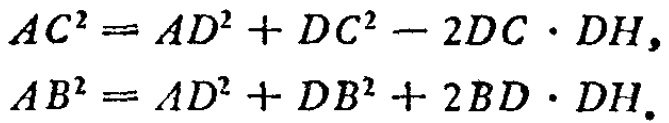
\[

\begin{align*}

AC^{2}&=AD^{2}+DC^{2}-2DC\cdot DH,\\

AB^{2}&=AD^{2}+DB^{2}+2BD\cdot DH.

\end{align*}

\]